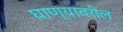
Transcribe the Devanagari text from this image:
घाण्यावरील